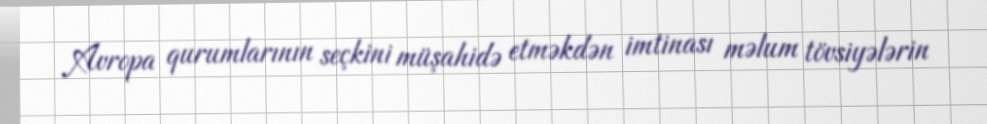
Avropa qurumlarının seçkini müşahidə etməkdən imtinası məlum tövsiyələrin